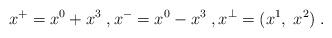
LaTeX: \begin{align*}x^+=x^0+x^3\; , x^-=x^0-x^3\; , x^\perp=(x^1, \; x^2)\; .\end{align*}